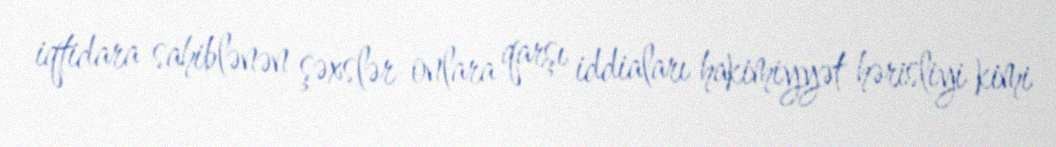
iqtidara sahiblənən şəxslər onlara qarşı iddiaları hakimiyyət hərisliyi kimi